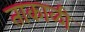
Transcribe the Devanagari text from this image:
ताकाळी